Report of the Imperial Institute of Veterinary Research, Muktesar
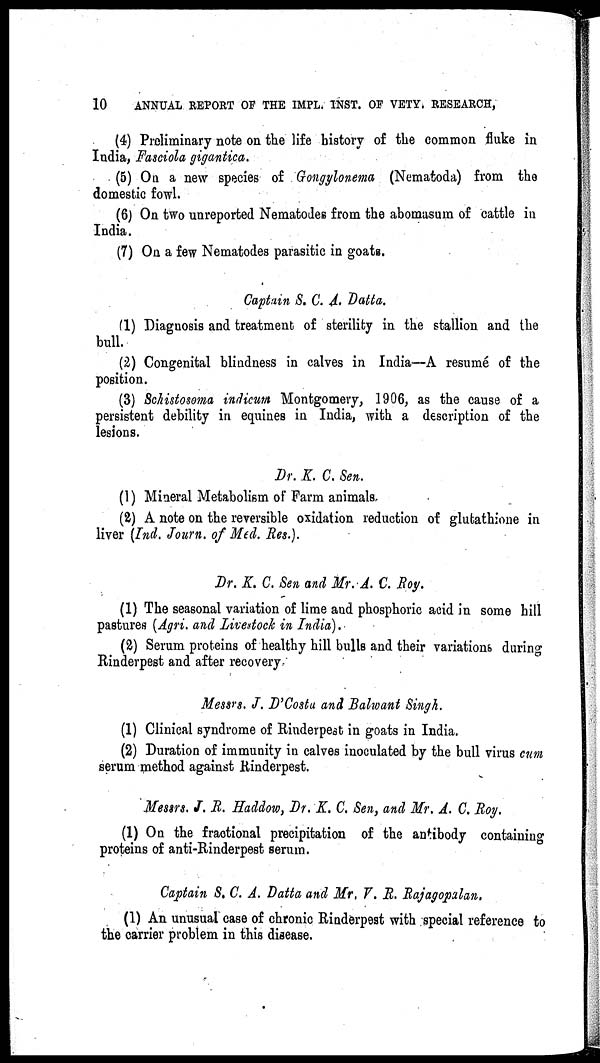
10
ANNUAL REPORT OF THE IMPL. INST. OF VETY. RESEARCH,
(4) Preliminary note on the life history of the common fluke in
India, Fasciola gigantica.
(5) On a new species of Gongylonema (Nematoda) from the
domestic fowl.
(6) On two unreported Nematodes from the abomasum of cattle in
India.
(7) On a few Nematodes parasitic in goats.
Captain S. C. A. Datta.
(1) Diagnosis and treatment of sterility in the stallion and the
bull.
(2) Congenital blindness in calves in India—A resumé of the
position.
(3) Schistosoma indicum Montgomery, 1906, as the cause of a
persistent debility in equines in India, with a description of the
lesions.
Dr. K. C. Sen.
(1) Mineral Metabolism of Farm animals
(2) A note on the reversible oxidation reduction of glutathione in
liver (Ind. Journ. of Med. Res.).
Dr. K. C. Sen and Mr. A. C. Roy.
(1) The seasonal variation of lime and phosphoric acid in some hill
pastures (Agri. and Livestock in India).
(2) Serum proteins of healthy hill bulls and their variations during
Rinderpest and after recovery
Messrs. J. D'Costa and Balwant Singh.
(1) Clinical syndrome of Rinderpest in goats in India.
(2) Duration of immunity in calves inoculated by the bull virus cum
serum method against Rinderpest.
Messrs. J. R. Haddow, Dr. K. C. Sen, and Mr. A. C. Roy.
(1) On the fractional precipitation of the antibody containing
proteins of anti-Rinderpest serum.
Captain S. C. A. Datta and Mr. V. R. Rajagopalan.
(1) An unusual case of chronic Rinderpest with special reference to
the carrier problem in this disease.